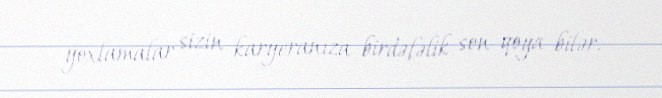
yoxlamalar sizin karyeranıza birdəfəlik son qoya bilər.